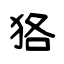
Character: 狢